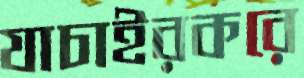
যাচাইরকরে